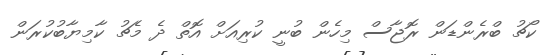
ކޯޗު ބްރެންޑަން ރޮޖާސް މިހެން ބުނީ ކުރިއަށް އޮތް ދެ މެޗު ކާމިޔާބުކުރަން